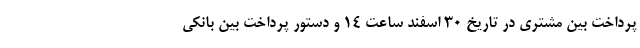
پرداخت بین مشتری در تاریخ ۳۰ اسفند ساعت ۱۴ و دستور پرداخت بین بانکی